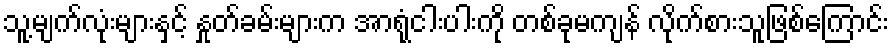
သူ့မျက်လုံးများနှင့် နှုတ်ခမ်းများက အာရုံငါးပါးကို တစ်ခုမကျန် လိုက်စားသူဖြစ်ကြောင်း